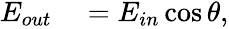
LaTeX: \begin{array}{rl}{E_{out}}&{{}=E_{in}\cos\theta,}\end{array}